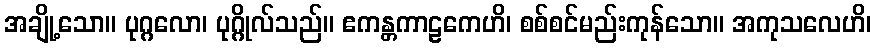
အချို့သော။ ပုဂ္ဂလော၊ ပုဂ္ဂိုလ်သည်။ ဧကန္တကာဠကေဟိ၊ စစ်စင်မည်းကုန်သော။ အကုသလေဟိ၊